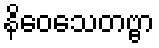
နိဝေသေတဗ္ဗာ